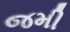
જમી